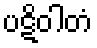
ပဋိဝါတံ